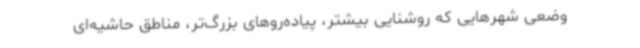
وضعی شهرهایی که روشنایی بیشتر، پیاده‌روهای بزرگ‌تر، مناطق حاشیه‌ای